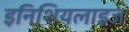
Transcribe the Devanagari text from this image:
इनिशियलाइज